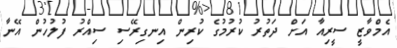
އެމްވާޒީ ސީރިއާ އަށް ދަތުރު ކުރުމުގެ ކުރިން އިނގިރޭސި ސިއްރު ފުލުހުން އޭނާ